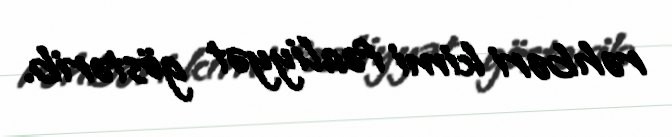
rəhbəri kimi fəaliyyət göstərib.